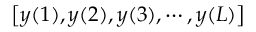
\left[ y ( 1 ) , y ( 2 ) , y ( 3 ) , \cdots , y ( L ) \right]